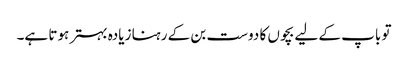
تو باپ کے لیے بچوں کا دوست بن کے رہنا زیادہ بہتر ہوتا ہے۔